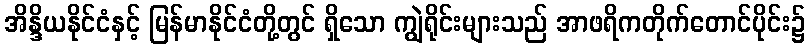
အိန္ဒိယနိုင်ငံနှင့် မြန်မာနိုင်ငံတို့တွင် ရှိသော ကျွဲရိုင်းများသည် အာဖရိကတိုက်တောင်ပိုင်း၌